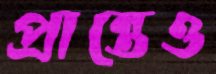
প্রান্তেও